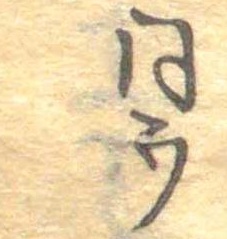
同ウ